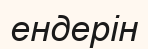
ендерін